Annual statistical returns and brief notes on vaccination in Bengal - 1909-1929
Year: 1909
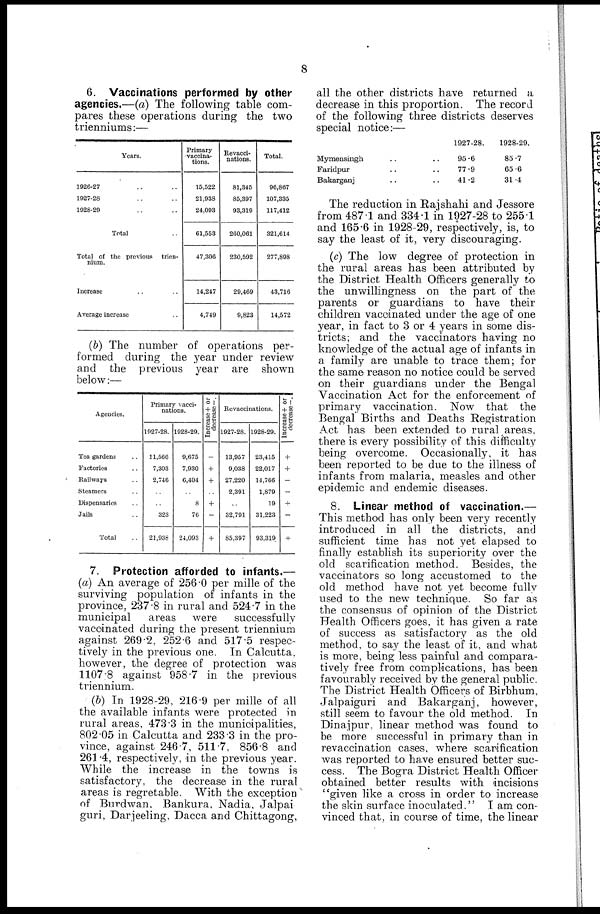
8
6. Vaccinations performed by other
agencies.—(a) The following table com-
pares these operations during the two
trienniums:—
Years.
1926-27 .. ..
1927-28 .. ..
1928-29 .. ..
Total ..
Total of the previous trien-
nium.
Increase .. ..
Average increase ..
Primary
vaccina-
tions.
15,522
21,938
24,093
61,553
47,306
14,247
4,749
Revacci-
nations.
81,345
85,397
93,319
260,061
230,592
29,469
9,823
Total.
96,867
107,335
117,412
321,614
277,898
43,716
14,572
(b) The number of operations per-
formed during the year under review
and the previous year are shown
below:—
Agencies.
Tea gardens ..
Factories ..
Railways ..
Steamers ..
Dispensaries ..
Jails ..
Total ..
Primary vacci-
nations.
1927-28.
11,566
7,303
2,746
..
..
323
21,938
1928-29.
9,675
7,930
6,404
..
8
76
24,093
Increase + or
decrease—.
-
+
+
..
+
-
+
Revaccinations.
1927-28.
13,957
9,038
27,220
2,391
..
32,791
85,397
1928-29.
23,415
22,017
14,766
1,879
19
31,223
93,319
Increase + or
decrease—.
+
+
-
-
+
—
+
7. Protection afforded to infants.—
(a) An average of 256.0 per mille of the
surviving population of infants in the
province, 237.8 in rural and 524.7 in the
municipal
areas were
successfully
vaccinated during the present triennium
against 269.2, 252.6 and 517.5 respec-
tively in the previous one. In Calcutta,
however, the degree of protection was
1107.8 against 958.7 in the previous
triennium.
(b) In 1928-29, 216.9 per mille of all
the available infants were protected in
rural areas, 473.3 in the municipalities,
802.05 in Calcutta and 233.3 in the pro-
vince, against 246.7, 511.7, 856.8 and
261.4, respectively, in the previous year.
While the increase in the towns is
satisfactory, the decrease in the rural
areas is regretable. With the exception
of Burdwan. Bankura, Nadia, Jalpai
guri, Darjeeling, Dacca and Chittagong,
all the other districts have returned a
decrease in this proportion. The record
of the following three districts deserves
special notice:—
Mymensingh .. ..
Faridpur .. ..
Bakarganj .. ..
1927-28.
95.6
77.9
41.2
1928-29.
85.7
65.6
31.4
The reduction in Rajshahi and Jessore
from 487.1 and 334.1 in 1927-28 to 255.1
and 165.6 in 1928-29, respectively, is, to
say the least of it, very discouraging.
(c) The low degree of protection in
the rural areas has been attributed by
the District Health Officers generally to
the unwillingness on the part of the
parents or guardians to have their
children vaccinated under the age of one
year, in fact to 3 or 4 years in some dis-
tricts; and the vaccinators having no
knowledge of the actual age of infants in
a family are unable to trace them; for
the same reason no notice could be served
on their guardians under the Bengal
Vaccination Act for the enforcement of
primary vaccination. Now that the
Bengal Births and Deaths Registration
Act has been extended to rural areas,
there is every possibility of this difficulty
being overcome. Occasionally, it has
been reported to be due to the illness of
infants from malaria, measles and other
epidemic and endemic diseases.
8. Linear method of vaccination.—
This method has only been very recently
introduced in all the districts, and
sufficient time has not yet elapsed to
finally establish its superiority over the
old scarification method. Besides, the
vaccinators so long accustomed to the
old method have not yet become fully
used to the new technique. So far as
the consensus of opinion of the District
Health Officers goes, it has given a rate
of success as satisfactory as the old
method, to say the least of it, and what
is more, being less painful and compara-
tively free from complications, has been
favourably received by the general public.
The District Health Officers of Birbhum,
Jalpaiguri and Bakarganj, however,
still seem to favour the old method. In
Dinajpur, linear method was found to
be more successful in primary than in
revaccination cases, where scarification
was reported to have ensured better suc-
cess. The Bogra District Health Officer
obtained better results with incisions
"given like a cross in order to increase
the skin surface inoculated." I am con-
vinced that, in course of time, the linear